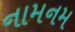
નામનમ